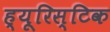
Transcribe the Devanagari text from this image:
ह्यूरिस्टिक